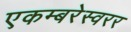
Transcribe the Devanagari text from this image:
एकम्बरेस्वरर